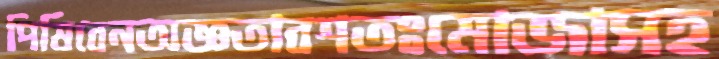
পিষিবেনঅজ্ঞতাবশতঃমোজাসহ